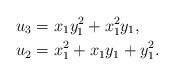
LaTeX: \begin{align*}u_3&=x_1y_1^2+x_1^2y_1,\\u_2&=x_1^2+x_1y_1+y_1^2.\end{align*}